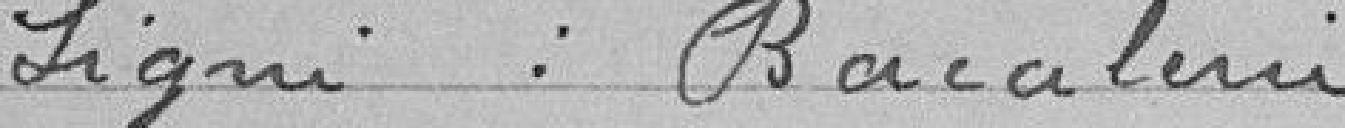
Signé : BARATERIE